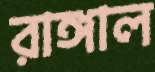
রাঙ্গাল